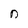
Character: n